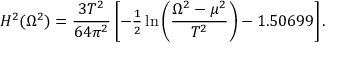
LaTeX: H ^ { 2 } ( \Omega ^ { 2 } ) = \frac { 3 T ^ { 2 } } { 6 4 \pi ^ { 2 } } \left[ - { \textstyle \frac { 1 } { 2 } } \ln \left( \frac { \Omega ^ { 2 } - \mu ^ { 2 } } { T ^ { 2 } } \right) - 1 . 5 0 6 9 9 \right] .